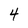
Character: 4